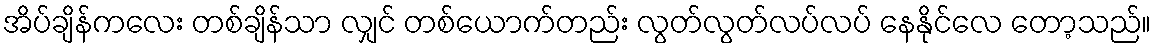
အိပ်ချိန်ကလေး တစ်ချိန်သာ လျှင် တစ်ယောက်တည်း လွတ်လွတ်လပ်လပ် နေနိုင်လေ တော့သည်။